Annual report of the Imperial Bacteriological Laboratory, Muktesar
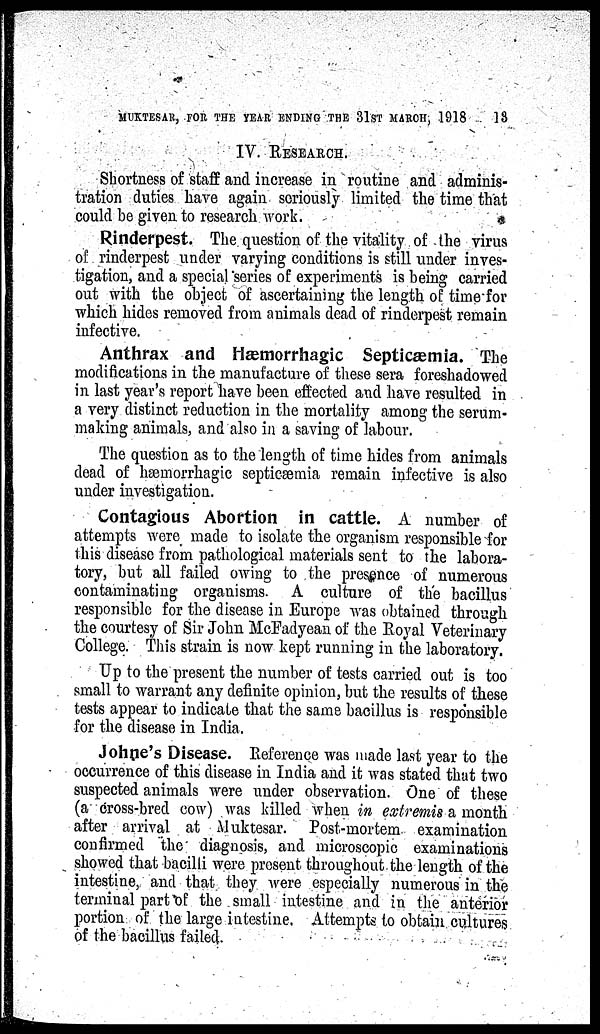
MUKTESAR, FOR THE YEAR ENDING THE 31ST MARCH, 1918
13
IV. RESEARCH.
Shortness of staff and increase in routine and adminis-
tration duties have again seriously limited the time that
could be given to research work.
Rinderpest. The question of the vitality of the virus
of rinderpest under varying conditions is still under inves-
tigation, and a special series of experiments is being carried
out with the object of ascertaining the length of time for
which hides removed from animals dead of rinderpest remain
infective.
Anthrax and Hæmorrhagic Septicæmia. The
modifications in the manufacture of these sera foreshadowed
in last year's report have been effected and have resulted in
a very distinct reduction in the mortality among the serum-
making animals, and also in a saving of labour.
The question as to the length of time hides from animals
dead of hæmorrhagic septicæmia remain infective is also
under investigation.
Contagious Abortion in cattle. A number of
attempts were made to isolate the organism responsible for
this disease from pathological materials sent to the labora-
tory, but all failed owing to the presence of numerous
contaminating organisms. A culture of the bacillus
responsible for the disease in Europe was obtained through
the courtesy of Sir John McFadyean of the Royal Veterinary
College. This strain is now kept running in the laboratory.
Up to the present the number of tests carried out is too
small to warrant any definite opinion, but the results of these
tests appear to indicate that the same bacillus is responsible
for the disease in India.
Johne's Disease. Reference was made last year to the
occurrence of this disease in India and it was stated that two
suspected animals were under observation. One of these
(a cross-bred cow) was killed when in extremis a month
after arrival at Muktesar. Post-mortem examination
confirmed the diagnosis, and microscopic examinations
showed that bacilli were present throughout the length of the
intestine, and that they were especially numerous in the
terminal part of the small intestine and in the anterior
portion of the large intestine. Attempts to obtain cultures
of the bacillus failed.